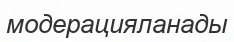
модерацияланады